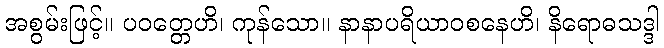
အစွမ်းဖြင့်။ ပဝတ္တေဟိ၊ ကုန်သော။ နာနာပရိယာဝစနေဟိ၊ နိရောဓသဒ္ဒါ